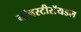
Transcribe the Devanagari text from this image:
नॉनस्टीरॉयडल